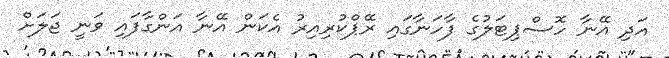
އަދި އޭނާ ހޮސްޕިޓަލުގެ ފާހަނާގައި ރޭޕްކުރިއިރު އެކަން އޭނާ އަންގާފައި ވަނީ ޖަލަށް